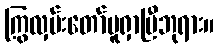
ကြွလှမ်းတော်မူရှာပြီဘုရား။